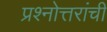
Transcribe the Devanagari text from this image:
प्रश्नोत्तरांची